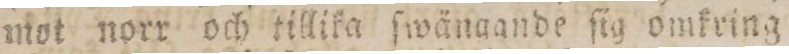
mot norr och tillika ſwängande ſig omkring